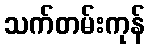
သက်တမ်းကုန်